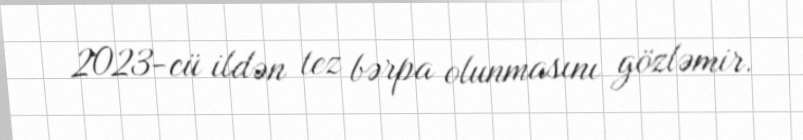
2023-cü ildən tez bərpa olunmasını gözləmir.